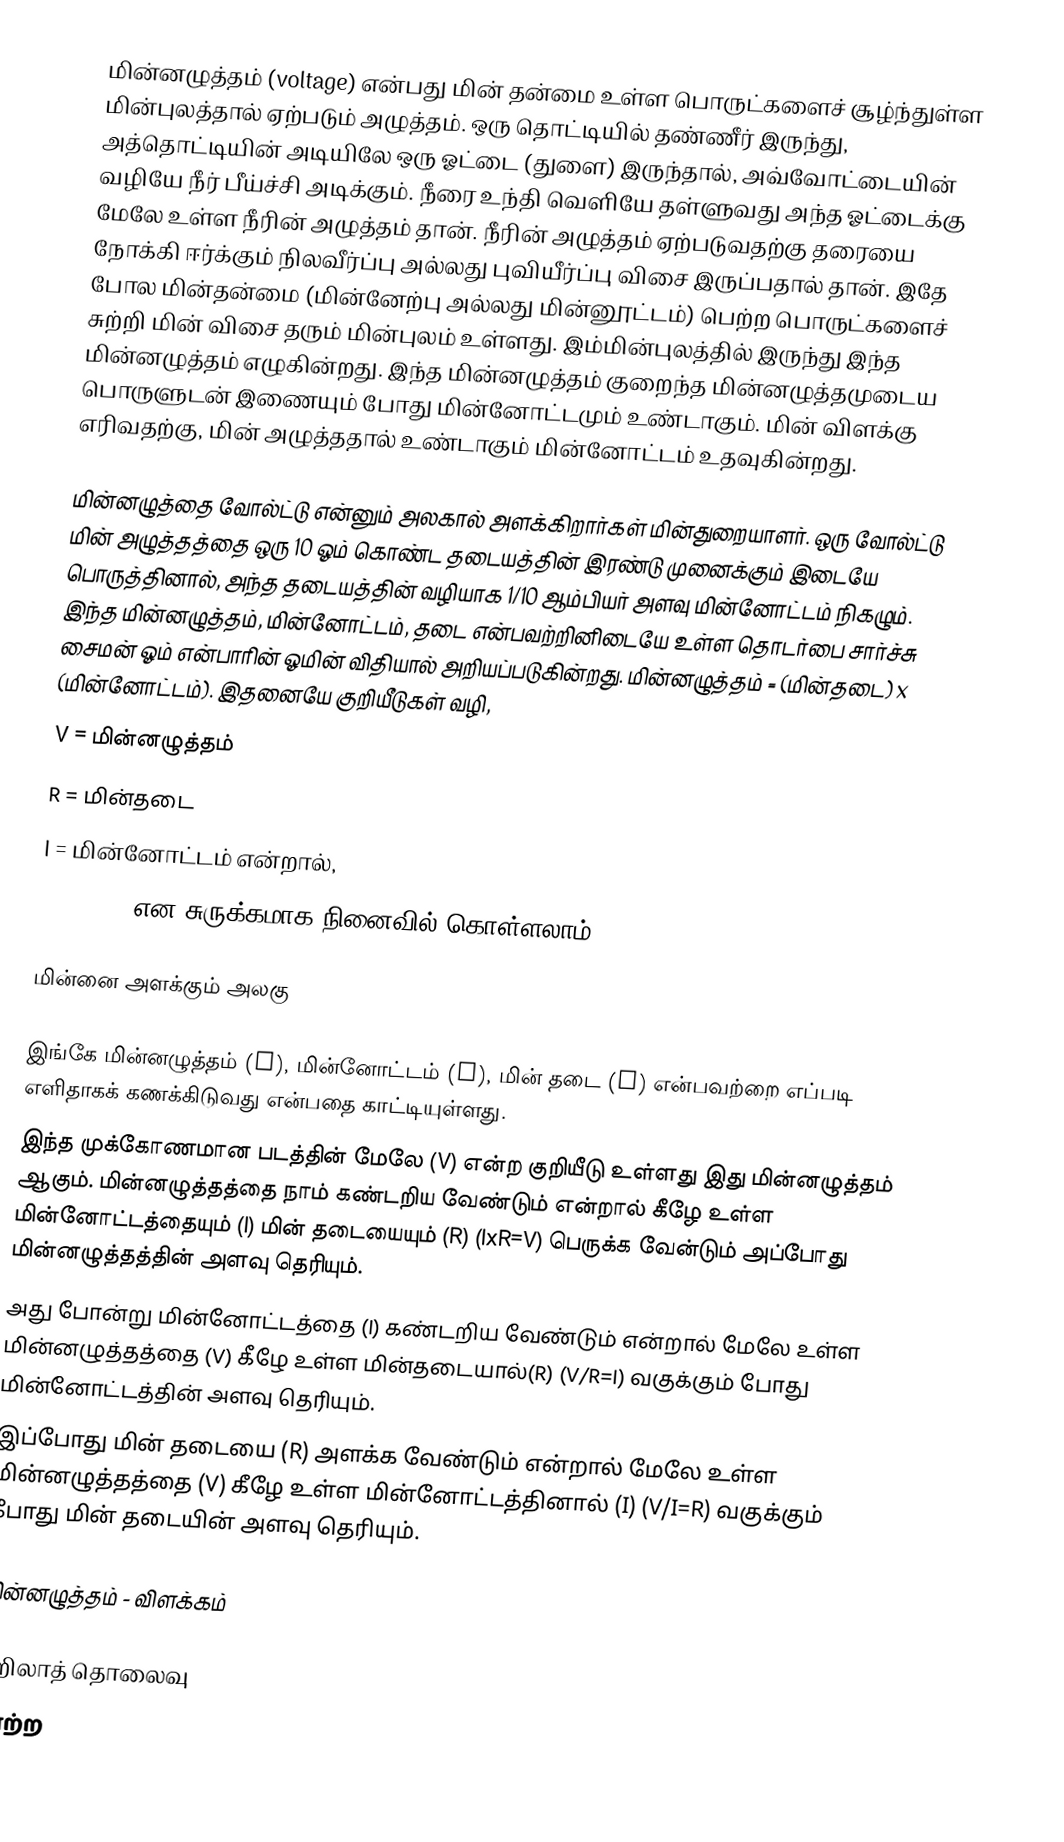
மின்னழுத்தம் (voltage) என்பது மின் தன்மை உள்ள பொருட்களைச் சூழ்ந்துள்ள மின்புலத்தால் ஏற்படும் அழுத்தம். ஒரு தொட்டியில் தண்ணீர் இருந்து, அத்தொட்டியின் அடியிலே ஒரு ஓட்டை (துளை) இருந்தால், அவ்வோட்டையின் வழியே நீர் பீய்ச்சி அடிக்கும். நீரை உந்தி வெளியே தள்ளுவது அந்த ஓட்டைக்கு மேலே உள்ள நீரின் அழுத்தம் தான். நீரின் அழுத்தம் ஏற்படுவதற்கு தரையை நோக்கி ஈர்க்கும் நிலவீர்ப்பு அல்லது புவியீர்ப்பு விசை இருப்பதால் தான். இதே போல மின்தன்மை (மின்னேற்பு அல்லது மின்னூட்டம்) பெற்ற பொருட்களைச் சுற்றி மின் விசை தரும் மின்புலம் உள்ளது. இம்மின்புலத்தில் இருந்து இந்த மின்னழுத்தம் எழுகின்றது. இந்த மின்னழுத்தம் குறைந்த மின்னழுத்தமுடைய பொருளுடன் இணையும் போது மின்னோட்டமும் உண்டாகும். மின் விளக்கு எரிவதற்கு, மின் அழுத்ததால் உண்டாகும் மின்னோட்டம் உதவுகின்றது.

மின்னழுத்தை வோல்ட்டு என்னும் அலகால் அளக்கிறார்கள் மின்துறையாளர். ஒரு வோல்ட்டு மின் அழுத்தத்தை ஒரு 10 ஓம் கொண்ட தடையத்தின் இரண்டு முனைக்கும் இடையே பொருத்தினால், அந்த தடையத்தின் வழியாக 1/10 ஆம்பியர் அளவு மின்னோட்டம் நிகழும். இந்த மின்னழுத்தம், மின்னோட்டம், தடை என்பவற்றினிடையே உள்ள தொடர்பை சார்ச்சு சைமன் ஓம் என்பாரின் ஓமின் விதியால் அறியப்படுகின்றது. மின்னழுத்தம் = (மின்தடை) x (மின்னோட்டம்). இதனையே குறியீடுகள் வழி,
V = மின்னழுத்தம்
R = மின்தடை
I = மின்னோட்டம் என்றால்,
 V = R x I என சுருக்கமாக நினைவில் கொள்ளலாம்.

மின்னை அளக்கும் அலகு

இங்கே மின்னழுத்தம் (V), மின்னோட்டம் (I), மின் தடை (R) என்பவற்றை எப்படி எளிதாகக் கணக்கிடுவது என்பதை காட்டியுள்ளது.
இந்த முக்கோணமான படத்தின் மேலே (V) என்ற குறியீடு உள்ளது இது மின்னழுத்தம் ஆகும். மின்னழுத்தத்தை நாம் கண்டறிய வேண்டும் என்றால் கீழே உள்ள மின்னோட்டத்தையும் (I) மின் தடையையும் (R) (IxR=V) பெருக்க வேன்டும் அப்போது மின்னழுத்தத்தின் அளவு தெரியும்.
அது போன்று மின்னோட்டத்தை (I) கண்டறிய வேண்டும் என்றால் மேலே உள்ள மின்னழுத்தத்தை (V) கீழே உள்ள மின்தடையால்(R) (V/R=I) வகுக்கும் போது மின்னோட்டத்தின் அளவு தெரியும்.
இப்போது மின் தடையை (R) அளக்க வேண்டும் என்றால் மேலே உள்ள மின்னழுத்தத்தை (V) கீழே உள்ள மின்னோட்டத்தினால் (I) (V/I=R) வகுக்கும் போது மின் தடையின் அளவு தெரியும்.

மின்னழுத்தம் - விளக்கம்

ஈறிலாத் தொலைவு
காற்ற